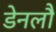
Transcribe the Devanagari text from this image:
डेनलौ